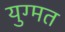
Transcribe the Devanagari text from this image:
युग्मत